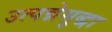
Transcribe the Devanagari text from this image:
उत्पन्नेसुद्धा